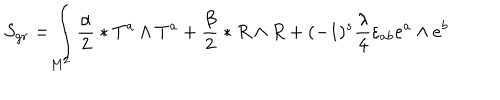
LaTeX: S _ { g r } = \int _ { M ^ { 2 } } ^ { } { \frac { \alpha } { 2 } } \ast T ^ { a } \wedge T ^ { a } + { \frac { \beta } { 2 } } \ast R \wedge R + ( - 1 ) ^ { s } { \frac { \lambda ^ { } } { 4 } } \varepsilon _ { a b } e ^ { a } \wedge e ^ { b }